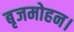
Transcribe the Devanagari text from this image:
बृजमोहन।